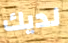
لديك